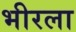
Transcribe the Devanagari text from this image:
भीरला